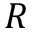
R